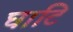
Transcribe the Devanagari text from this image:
घाटि